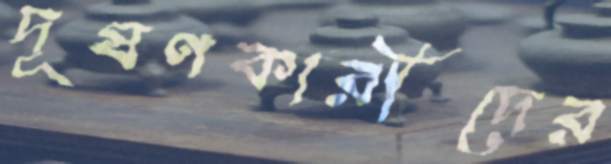
দূষণকারীদের